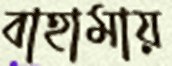
বাহামায়